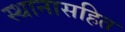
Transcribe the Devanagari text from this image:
स्थानासहित